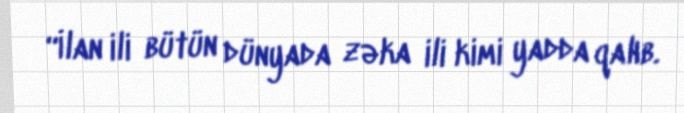
“İlan ili bütün dünyada zəka ili kimi yadda qalıb.